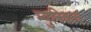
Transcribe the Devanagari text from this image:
म्युनिकच